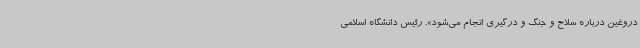
دروغین درباره سلاح و جنگ و درگیری انجام می‌شود». رئیس دانشگاه اسلامی